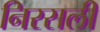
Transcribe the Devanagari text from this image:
निरसली